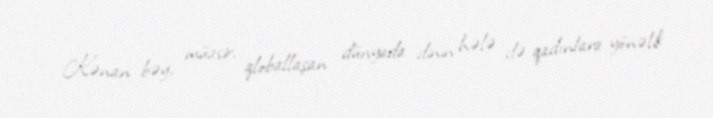
- Kənan bəy, müasir, qloballaşan dünyada dinin hələ də qadınlara yönəlik